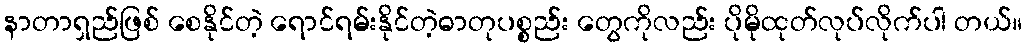
နာတာရှည်ဖြစ် စေနိုင်တဲ့ ရောင်ရမ်းနိုင်တဲ့ဓာတုပစ္စည်း တွေကိုလည်း ပိုမိုထုတ်လုပ်လိုက်ပါ တယ်။